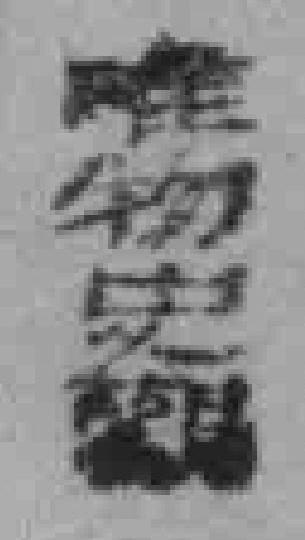
唯物史観